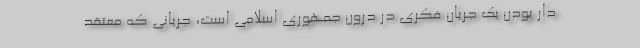
دار بودن یک جریان فکری در درون جمهوری اسلامی است، جریانی که معتقد